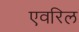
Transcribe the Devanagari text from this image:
एवरिल